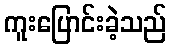
ကူးပြောင်းခဲ့သည်